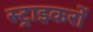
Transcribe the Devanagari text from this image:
स्ट्राइकरों